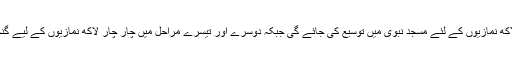
پہلے مرحلے میں آٹھ لاکھ نمازیوں کے لئے مسجد نبوی میں توسیع کی جائے گی جبکہ دوسرے اور تیسرے مراحل میں چار چار لاکھ نمازیوں کے لیے گنجائش پیداکی جائے گی۔